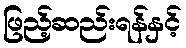
ဖြည့်ဆည်းရန်နှင့်